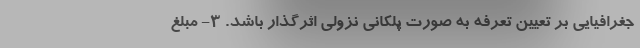
جغرافیایی بر تعیین تعرفه به صورت پلکانی نزولی اثرگذار باشد. ۳- مبلغ